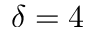
\delta = 4